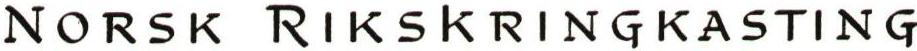
NORSK RIKSKRINGKASTING